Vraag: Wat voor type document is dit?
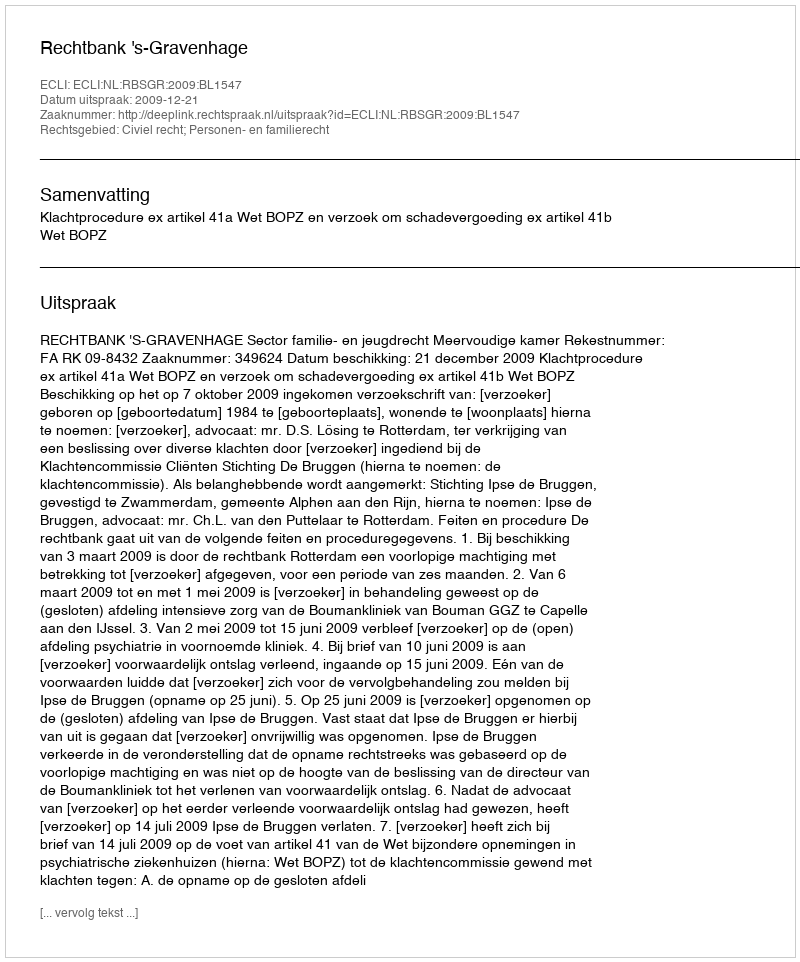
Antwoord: Uitspraak